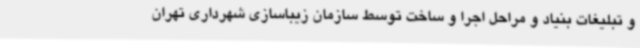
و تبلیغات بنیاد و مراحل اجرا و ساخت توسط سازمان زیباسازی شهرداری تهران